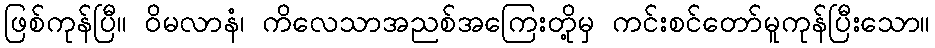
ဖြစ်ကုန်ပြီ။ ဝိမလာနံ၊ ကိလေသာအညစ်အကြေးတို့မှ ကင်းစင်တော်မူကုန်ပြီးသော။